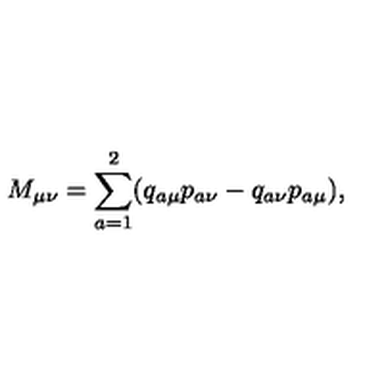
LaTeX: M _ { \mu \nu } = \sum _ { a = 1 } ^ { 2 } ( q _ { a \mu } p _ { a \nu } - q _ { a \nu } p _ { a \mu } ) { , }